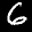
Label: 6